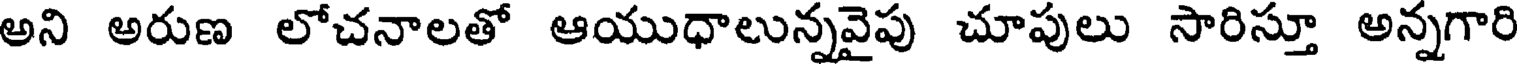
అని అరుణ లోచనాలతో ఆయుధాలున్నవైపు చూపులు సారిస్తూ అన్నగారి